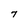
Character: 7